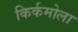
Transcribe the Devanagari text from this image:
किर्कमोला